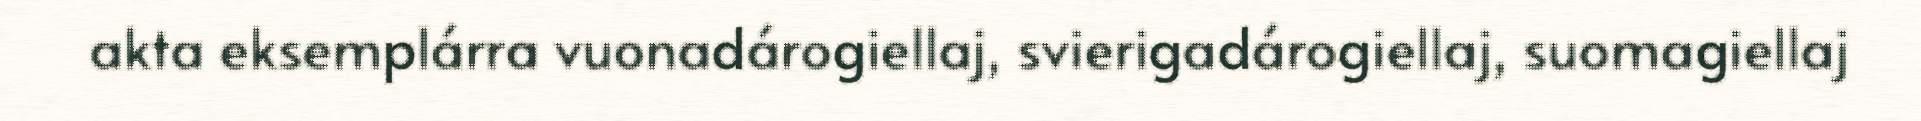
akta eksemplárra vuonadárogiellaj, svierigadárogiellaj, suomagiellaj